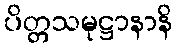
ပိတ္တသမုဋ္ဌာနာနိ